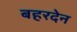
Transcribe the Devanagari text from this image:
बहरदेन